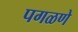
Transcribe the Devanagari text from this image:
पगळणे